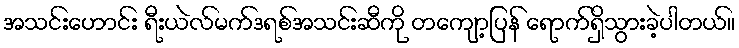
အသင်းဟောင်း ရီးယဲလ်မက်ဒရစ်အသင်းဆီကို တကျော့ပြန် ရောက်ရှိသွားခဲ့ပါတယ်။